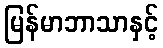
မြန်မာဘာသာနှင့်